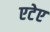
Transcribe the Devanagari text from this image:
एटेए